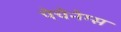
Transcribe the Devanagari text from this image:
पेचेनेग्स